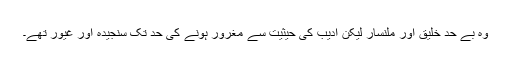
وہ بے حد خلیق اور ملنسار لیکن ادیب کی حیثیت سے مغرور ہونے کی حد تک سنجیدہ اور غیور تھے۔